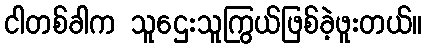
ငါတစ်ခါက သူဌေးသူကြွယ်ဖြစ်ခဲ့ဖူးတယ်။